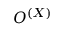
{ \cal O } ^ { ( X ) }